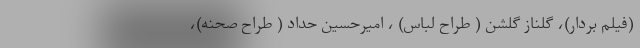
(فیلم بردار)، گلناز گلشن ( طراح لباس) ، امیرحسین حداد ( طراح صحنه)،